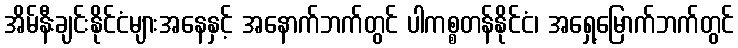
အိမ်နီးချင်းနိုင်ငံများအနေနှင့် အနောက်ဘက်တွင် ပါကစ္စတန်နိုင်ငံ၊ အရှေ့မြောက်ဘက်တွင်